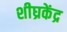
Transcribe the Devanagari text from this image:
शीघ्रकेंद्र